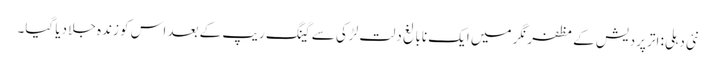
نئی دہلی: اتر پردیش کے مظفرنگر میں ایک نابالغ دلت لڑکی سے گینگ ریپ کے بعد اس کو زندہ جلا دیا گیا۔